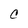
Character: C